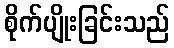
စိုက်ပျိုးခြင်းသည်